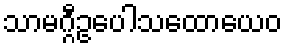
သာမဂ္ဂီဥပေါသထောယေဝ